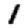
Digit: 1